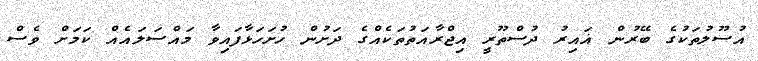
އުސޫލުތަކުގެ ބޭރުން ޣައިރު ދުސްތޫރީ އިޖްރާއަތުތަކެއްގެ ދަށުން ހުށަހަޅާފައިވާ މައްސަލައެއް ކަމަށް ވެސް